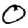
Digit: 0